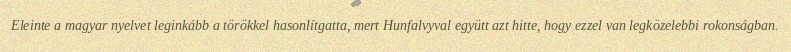
Eleinte a magyar nyelvet leginkább a törökkel hasonlítgatta, mert Hunfalvyval együtt azt hitte, hogy ezzel van legközelebbi rokonságban.